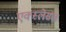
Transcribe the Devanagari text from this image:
एक्स्लेसल